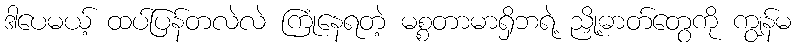
ဒါပေမယ့် ထပ်ပြန်တလဲလဲ ကြုံနေရတဲ့ မစ္စတာမာရှိဘရဲ့ ညှို့ဓာတ်တွေကို ကျွန်မ